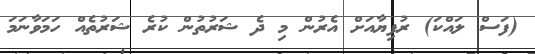
(ފަސް ލައްކަ) ރުފިޔާއަށް އެރުން މި ދެ ޝަރުތުން ކުރެ ޝަރުތެއް ހަމަވާނަމަ